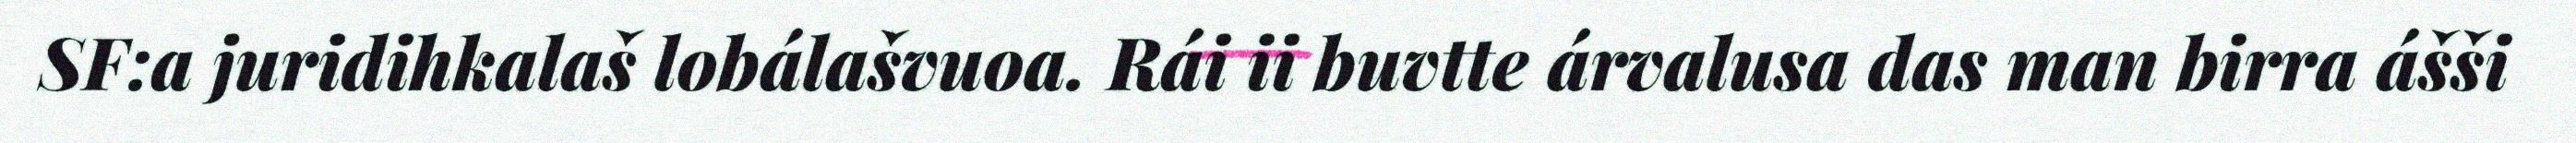
SF:a juridihkalaš lobálašvuoa. Rái ii buvtte árvalusa das man birra ášši